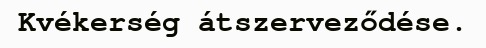
Kvékerség átszerveződése.